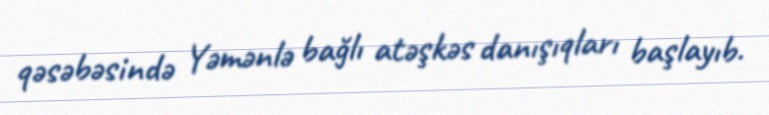
qəsəbəsində Yəmənlə bağlı atəşkəs danışıqları başlayıb.